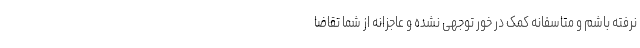
نرفته باشم و متاسفانه کمک در خور توجهی نشده و عاجزانه از شما تقاضا